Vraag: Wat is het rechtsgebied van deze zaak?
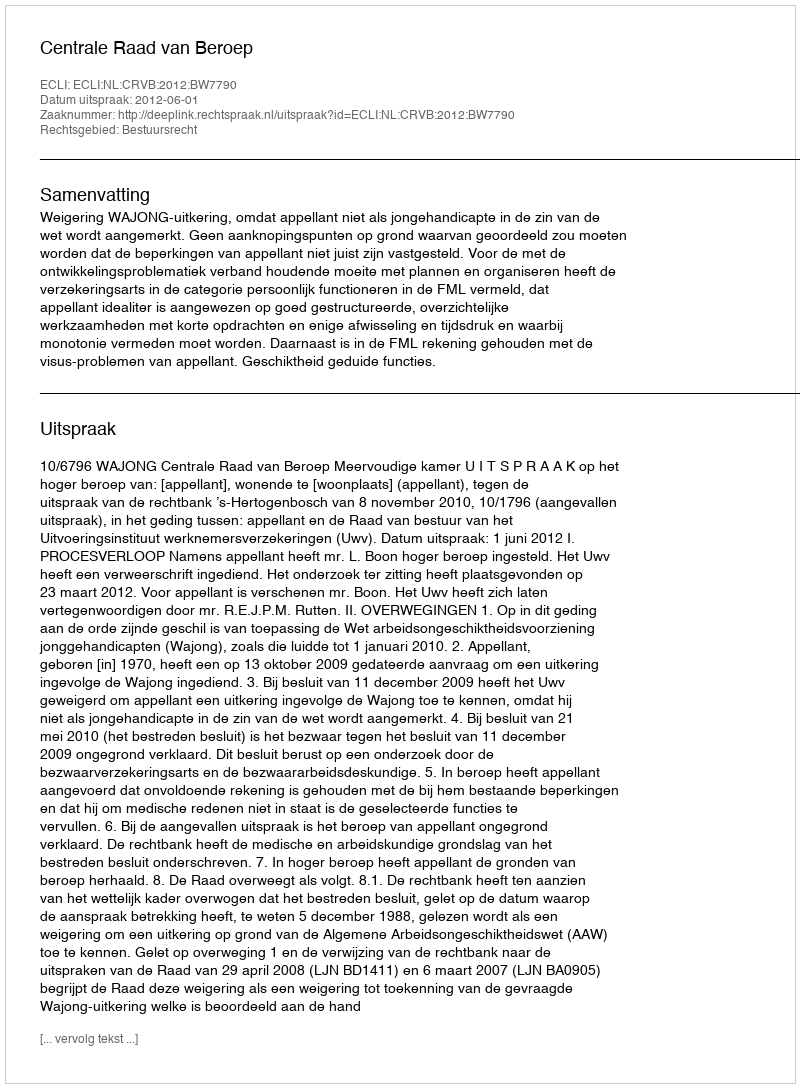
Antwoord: Bestuursrecht